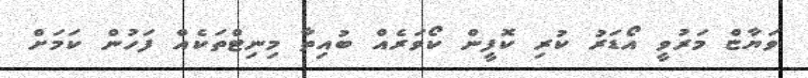
ވަޔާޏް މަރުވީ އޯޑަރު ކުރި ކޮފީން ކޯވަރެއް ބުއިތާ މިނިޓްތަކެއް ފަހުން ކަމަށް